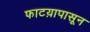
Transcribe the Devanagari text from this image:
फाटय़ापासून